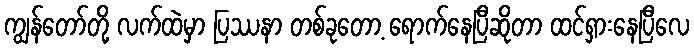
ကျွန်တော်တို့ လက်ထဲမှာ ပြဿနာ တစ်ခုတော့ ရောက်နေပြီဆိုတာ ထင်ရှားနေပြီလေ